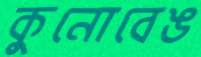
কুনোবেঙ